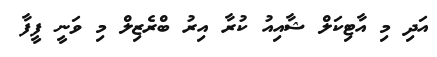
އަދި މި އާޓިކަލް ޝާއިއު ކުރާ އިރު ބްރެޒިލް މި ވަނީ ފީފާ